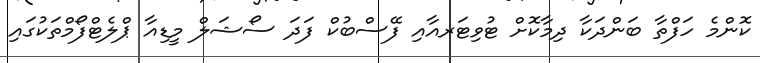
ކޮންމެ ހަފްތާ ބަންދަކާ ދިމާކޮށް ޓުވިޓަރއާއި ފޭސްބުކް ފަދަ ސޯޝަލް މީޑިއާ ޕްލެޓްފޯމްތަކުގައި